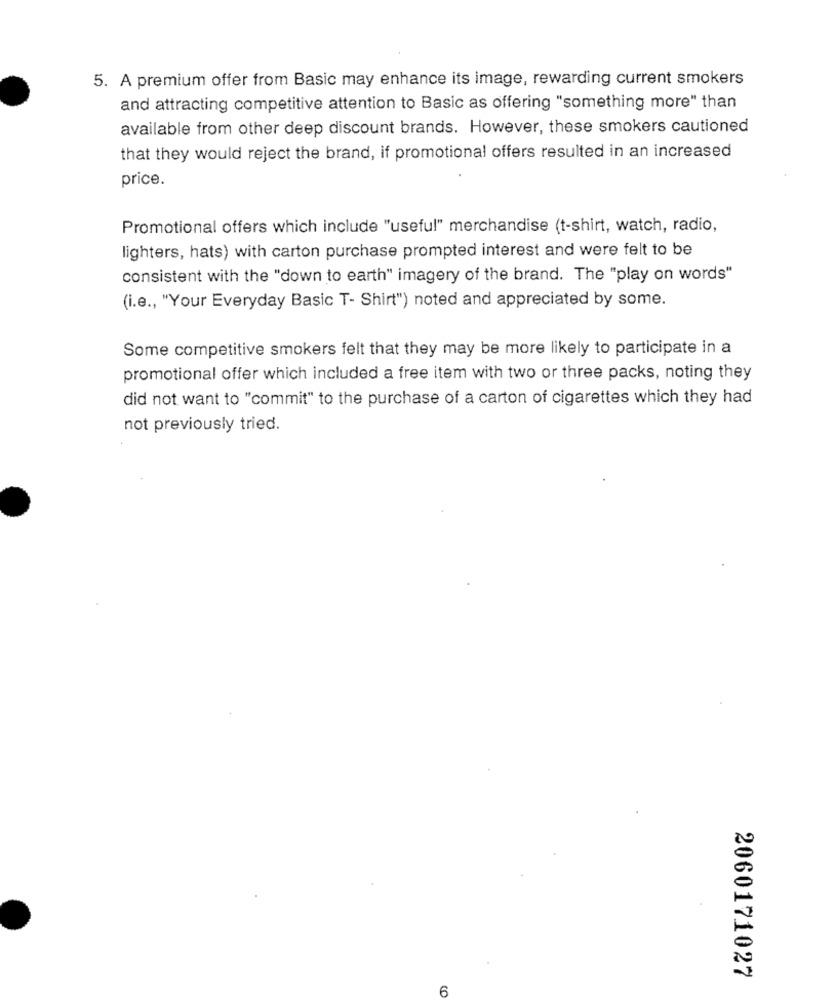
5. A premium offer from Basic may enhance its image, rewarding current smokers
and attracting competitive attention to Basic as offering "something more" than
available from other deep discount brands. However, these smokers cautioned
that they would reject the brand, if promotional offers resulted in an increased
price.
Promotional offers which include "useful" merchandise (t-shirt, watch, radio,
lighters, hats) with carton purchase prompted interest and were felt to be
consistent with the "down to earth" imagery of the brand. The "play on words"
(i.e ., "Your Everyday Basic T- Shirt") noted and appreciated by some.
Some competitive smokers felt that they may be more likely to participate in a
promotional offer which included a free item with two or three packs, noting they
did not want to "commit" to the purchase of a carton of cigarettes which they had
not previously tried.
2060171027